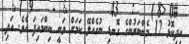
އިދިކޮޅު 12 މެންބަރުންގެ ގޮނޑި ނުގެއްލޭ ކަމަށް ވަނީ ނިންމައިފަ އެވެ. އަދި